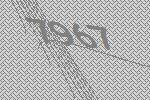
7967